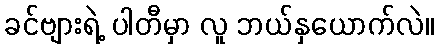
ခင်ဗျားရဲ့ ပါတီမှာ လူ ဘယ်နှယောက်လဲ။